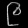
Digit: ၉